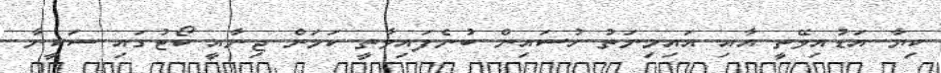
ކިޔާ އަޑުއިވޭތީ އާއި އައިމިނަތު ހުސައިން ބުނެފައިވާތީ ކަމަށް ޖިނާއީ ކޯޓުގައި ސަކީނާ